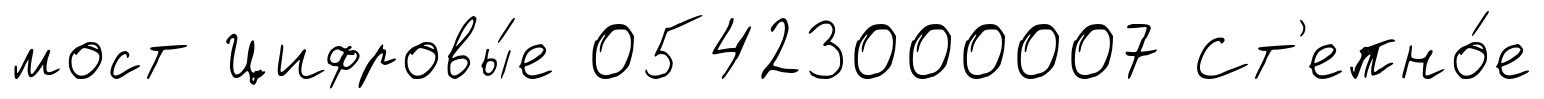
мост Цифровы́е 05423000007 Ст'епно́е